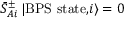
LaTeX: { \bar { S } } _ { A i } ^ { \pm } \, \vert \mathrm { B P S ~ s t a t e , } i \rangle = 0